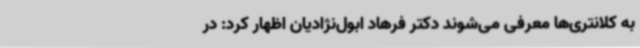
به کلانتری‌ها معرفی می‌شوند دکتر فرهاد ابول‌نژادیان اظهار کرد: در